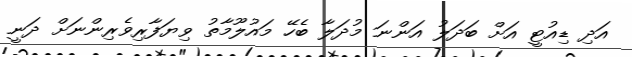
އަދި ޑިއުޓީ އަށް ބަދަލު އަންނަ މުދަލާ ބެހޭ މައުލޫމާތު ވިޔަފާރިވެރިންނަށް ދަނީ